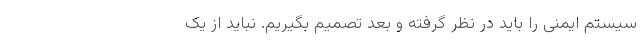
سیستم ایمنی را باید در نظر گرفته و بعد تصمیم بگیریم. نباید از یک